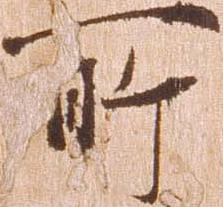
所